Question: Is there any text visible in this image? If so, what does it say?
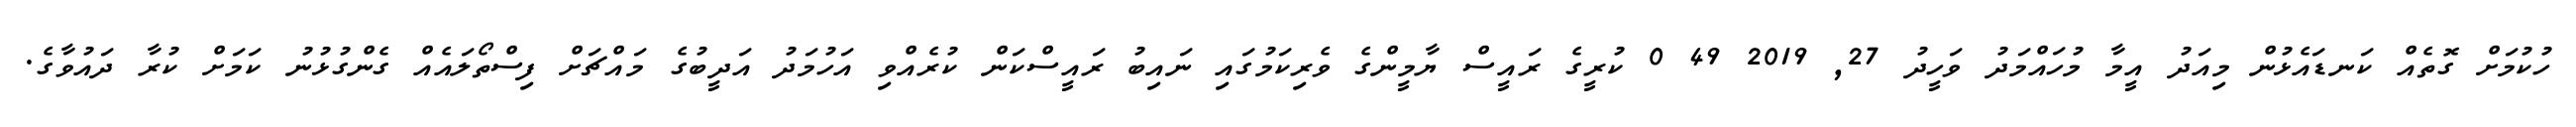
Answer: ހުކުމަށް ގޮތެއް ކަނޑައެޅުން މިއަދު އީމާ މުހައްމަދު ވަހީދު 27, 2019 49 0 ކުރީގެ ރައީސް ޔާމީންގެ ވެރިކަމުގައި ނައިބު ރައީސްކަން ކުރެއްވި އަހުމަދު އަދީބުގެ މައްޗަށް ފިސްތޯލައެއް ގެންގުޅުނު ކަމަށް ކުރާ ދައުވާގެ.